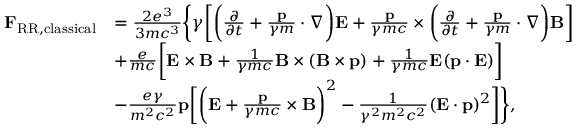
\begin{array} { r l } { \mathbf { F } _ { \mathrm { R R , c l a s s i c a l } } } & { = \frac { 2 e ^ { 3 } } { 3 m c ^ { 3 } } \bigg \lbrace \gamma \bigg [ \bigg ( \frac { \partial } { \partial t } + \frac { \mathbf { p } } { \gamma m } \cdot \nabla \bigg ) \mathbf { E } + \frac { \mathbf { p } } { \gamma m c } \times \bigg ( \frac { \partial } { \partial t } + \frac { \mathbf { p } } { \gamma m } \cdot \nabla \bigg ) \mathbf { B } \bigg ] } \\ & { + \frac { e } { m c } \bigg [ \mathbf { E } \times \mathbf { B } + \frac { 1 } { \gamma m c } \mathbf { B } \times ( \mathbf { B } \times \mathbf { p } ) + \frac { 1 } { \gamma m c } \mathbf { E } ( \mathbf { p \cdot E } ) \bigg ] } \\ & { - \frac { e \gamma } { m ^ { 2 } c ^ { 2 } } \mathbf { p } \bigg [ \bigg ( \mathbf { E } + \frac { \mathbf { p } } { \gamma m c } \times \mathbf { B } \bigg ) ^ { 2 } - \frac { 1 } { \gamma ^ { 2 } m ^ { 2 } c ^ { 2 } } ( \mathbf { E \cdot p } ) ^ { 2 } \bigg ] \bigg \rbrace , } \end{array}